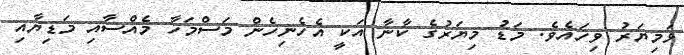
ޅަމިޔަރު ވިހައެވެ. މަޑު މިޔަރުގެ ކާނާ އަކީ އެހެނިހެން މަސްމަހާ މެއްސާއި މަޑިޔާއި